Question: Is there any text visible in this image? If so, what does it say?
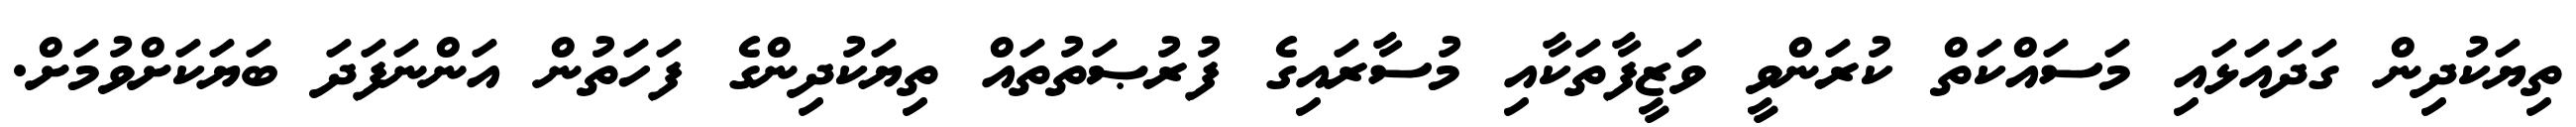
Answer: ތިޔަކުދިން ގަދައަޅައި މަސައްކަތް ކުރަންވީ ވަޒީފާތަކާއި މުސާރައިގެ ފުރުޞަތުތައް ތިޔަކުދިންގެ ފަހަތުން އަންނަފަދަ ބަޔަކަށްވުމަށް.